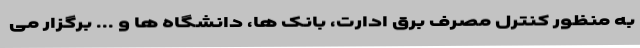
به منظور کنترل مصرف برق ادارت، بانک ها، دانشگاه ها و ... برگزار می